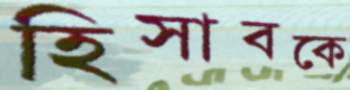
হিসাবকে